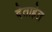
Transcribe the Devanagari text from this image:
देताहेत